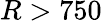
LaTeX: R>750